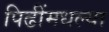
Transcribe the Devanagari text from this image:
पिढींमधल्या